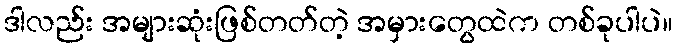
ဒါလည်း အများဆုံးဖြစ်တတ်တဲ့ အမှားတွေထဲက တစ်ခုပါပဲ။